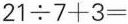
$$2 1 \div 7 + 3 =$$